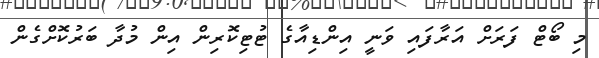
މި ބޯޓް ފަރަށް އަރާފައި ވަނީ އިންޑިއާގެ ޓުޓިކޮރިން އިން މުދާ ބަރުކޮށްގެން